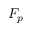
F _ { p }